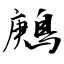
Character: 鶊